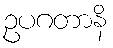
ဥပဂတာနိ